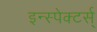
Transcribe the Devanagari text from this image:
इन्स्पेक्टर्स्